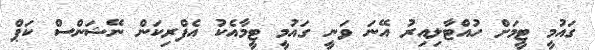
ގައުމީ ޓީމަށް ހުއްޓާލިއިރު އޭނަ ވަނީ ގައުމީ ޓީމާއެކު އެފްރިކަން ނޭޝަންސް ކަޕް